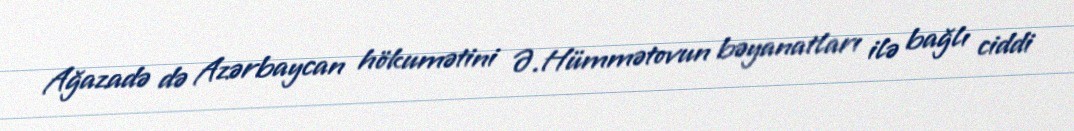
Ağazadə də Azərbaycan hökumətini Ə.Hümmətovun bəyanatları ilə bağlı ciddi